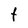
Character: t